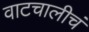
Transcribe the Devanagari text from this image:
वाटचालीचं